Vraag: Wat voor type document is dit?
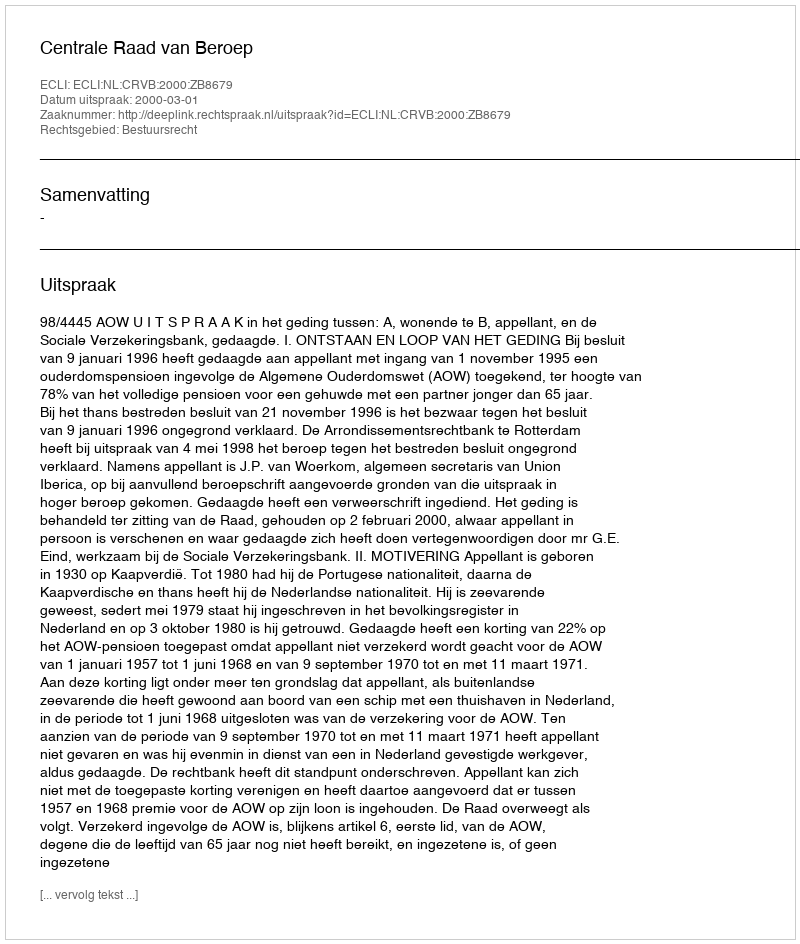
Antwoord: Uitspraak